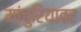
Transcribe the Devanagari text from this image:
मांचुरियावर